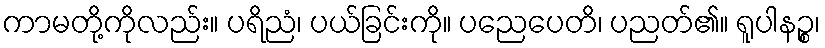
ကာမတို့ကိုလည်း။ ပရိညံ၊ ပယ်ခြင်းကို။ ပညေပေတိ၊ ပညတ်၏။ ရူပါနဉ္စ၊